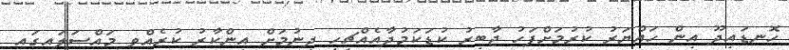
ހޮނޑައިދޫ އިން ހައްޔަރު ކުރުމަށްފަހު ޖާބިރު ކުޑަކަމުދާއެއްޗިހި ދިނުމަށް އިންކާރު ކުރެއްވި މައްސަލައިގައި